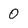
Character: 0